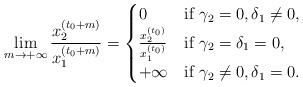
LaTeX: \begin{align*}\lim_{m\rightarrow+\infty}\frac{x_{2}^{\left(t_{0}+m\right)}}{x_{1}^{\left(t_{0}+m\right)}}=\begin{cases}0 & \mbox{if }\gamma_{2}=0,\delta_{1}\neq0,\\\frac{x_{2}^{\left(t_{0}\right)}}{x_{1}^{\left(t_{0}\right)}} & \mbox{if }\gamma_{2}=\delta_{1}=0,\\+\infty & \mbox{if }\gamma_{2}\neq0,\delta_{1}=0.\end{cases}\end{align*}